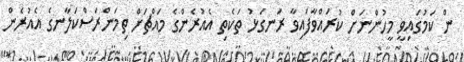
ން ކަމުގައިވީ މީހުންނަށް ކުރައްވާފައިވާ ރަނގަޅު ތަކެތި އެއުރެންގެ މައްޗަށް ތިމަންރަސްކަލާނގެ އެއުރެން